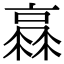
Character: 𠆏